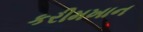
કરીમખાન